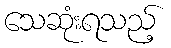
သေဆုံးရသည့်